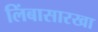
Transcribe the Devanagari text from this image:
लिंबासारखा